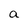
Character: a